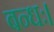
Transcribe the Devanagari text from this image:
बन्धः।